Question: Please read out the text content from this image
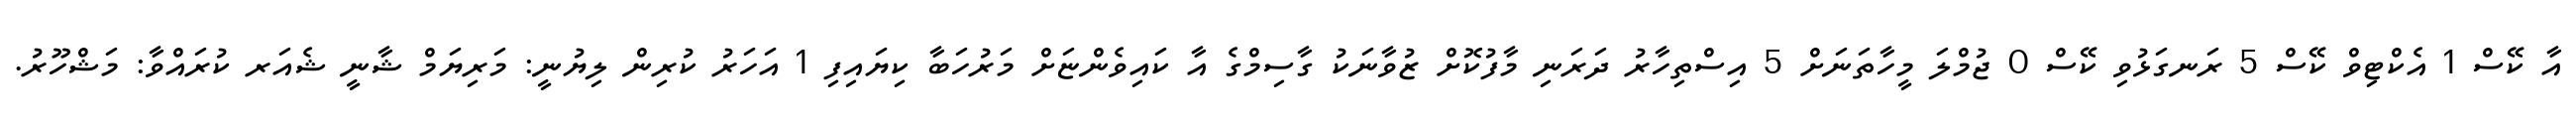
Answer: އާ ކޭސް 1 އެކްޓިވް ކޭސް 5 ރަނގަޅުވި ކޭސް 0 ޖުމްލަ މީހާތަނަށް 5 އިސްތިހާރު ދަރަނި މާފުކޮށް ޒުވާނަކު ގާސިމްގެ އާ ކައިވެންޏަށް މަރުހަބާ ކިޔައިފި 1 އަހަރު ކުރިން ލިޔުނީ: މަރިޔަމް ޝާނީ ޝެއަރ ކުރައްވާ: މަޝްހޫރު.